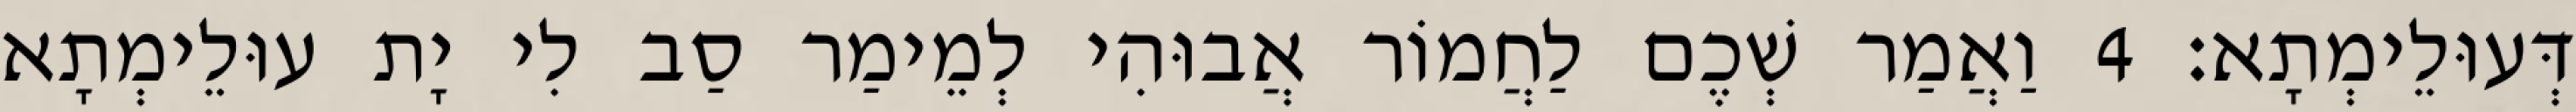
דְּעוּלֵימְתָא׃ 4 וַאֲמַר שְׁכֶם לַחֲמוֹר אֲבוּהִי לְמֵימַר סַב לִי יָת עוּלֵימְתָא